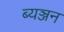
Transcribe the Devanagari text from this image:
ब्यञ्जन